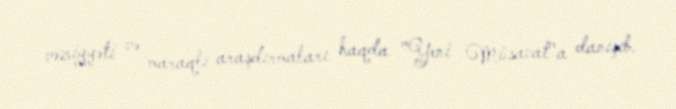
vəziyyəti və maraqlı araşdırmaları haqda "Yeni Müsavat"a danışıb.